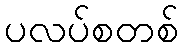
ပလပ်စတစ်